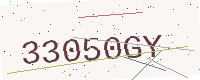
Text: 33050GY